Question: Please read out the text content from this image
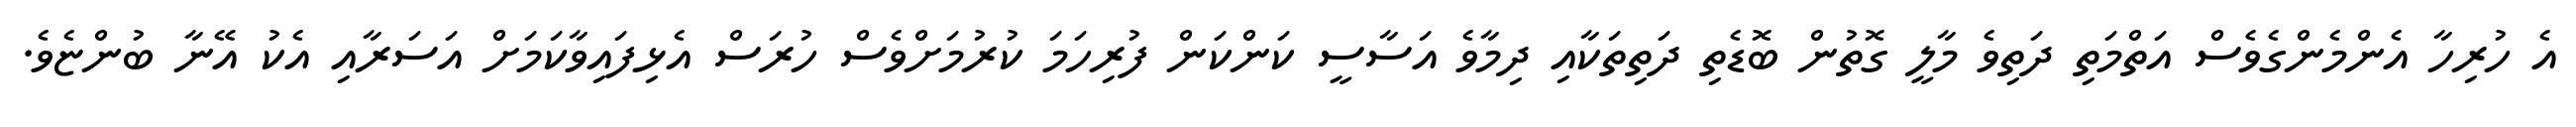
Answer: އެ ހުރިހާ އެންމެންގެވެސް އަތްމަތި ދަތިވެ މާލީ ގޮތުން ބޮޑެތި ދަތިތަކާއި ދިމާވެ އަސާސީ ކަންކަން ފުރިހަމަ ކުރުމަށްވެސް ހުރަސް އެޅިފައިވާކަމަށް އަސަރާއި އެކު އޭނާ ބުންޏެވެ.